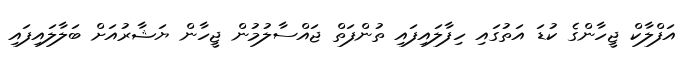
އަފްލާކް ޖީހާންގެ ކުޑަ އަތުގައި ހިފާލައިފައި ތުންފަތް ޖައްސާލުމުން ޖީހާން ޔަޝާރުއަށް ބަލާލައިފައި